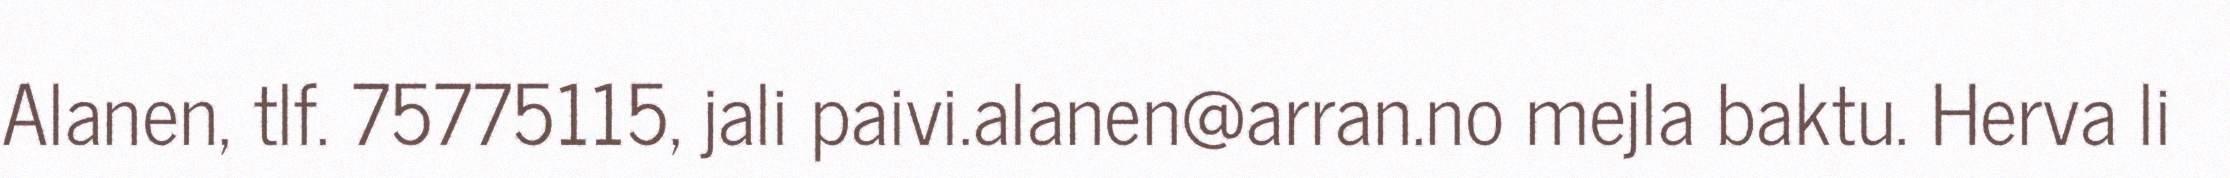
Alanen, tlf. 75775115, jali paivi.alanen@arran.no mejla baktu. Herva li